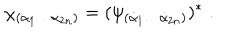
\chi _ { ( \alpha _ { 1 } \ldots \alpha _ { 2 n } ) } = ( \psi _ { ( \dot { \alpha } _ { 1 } \ldots \dot { \alpha } _ { 2 n } ) } ) ^ { * } \; .